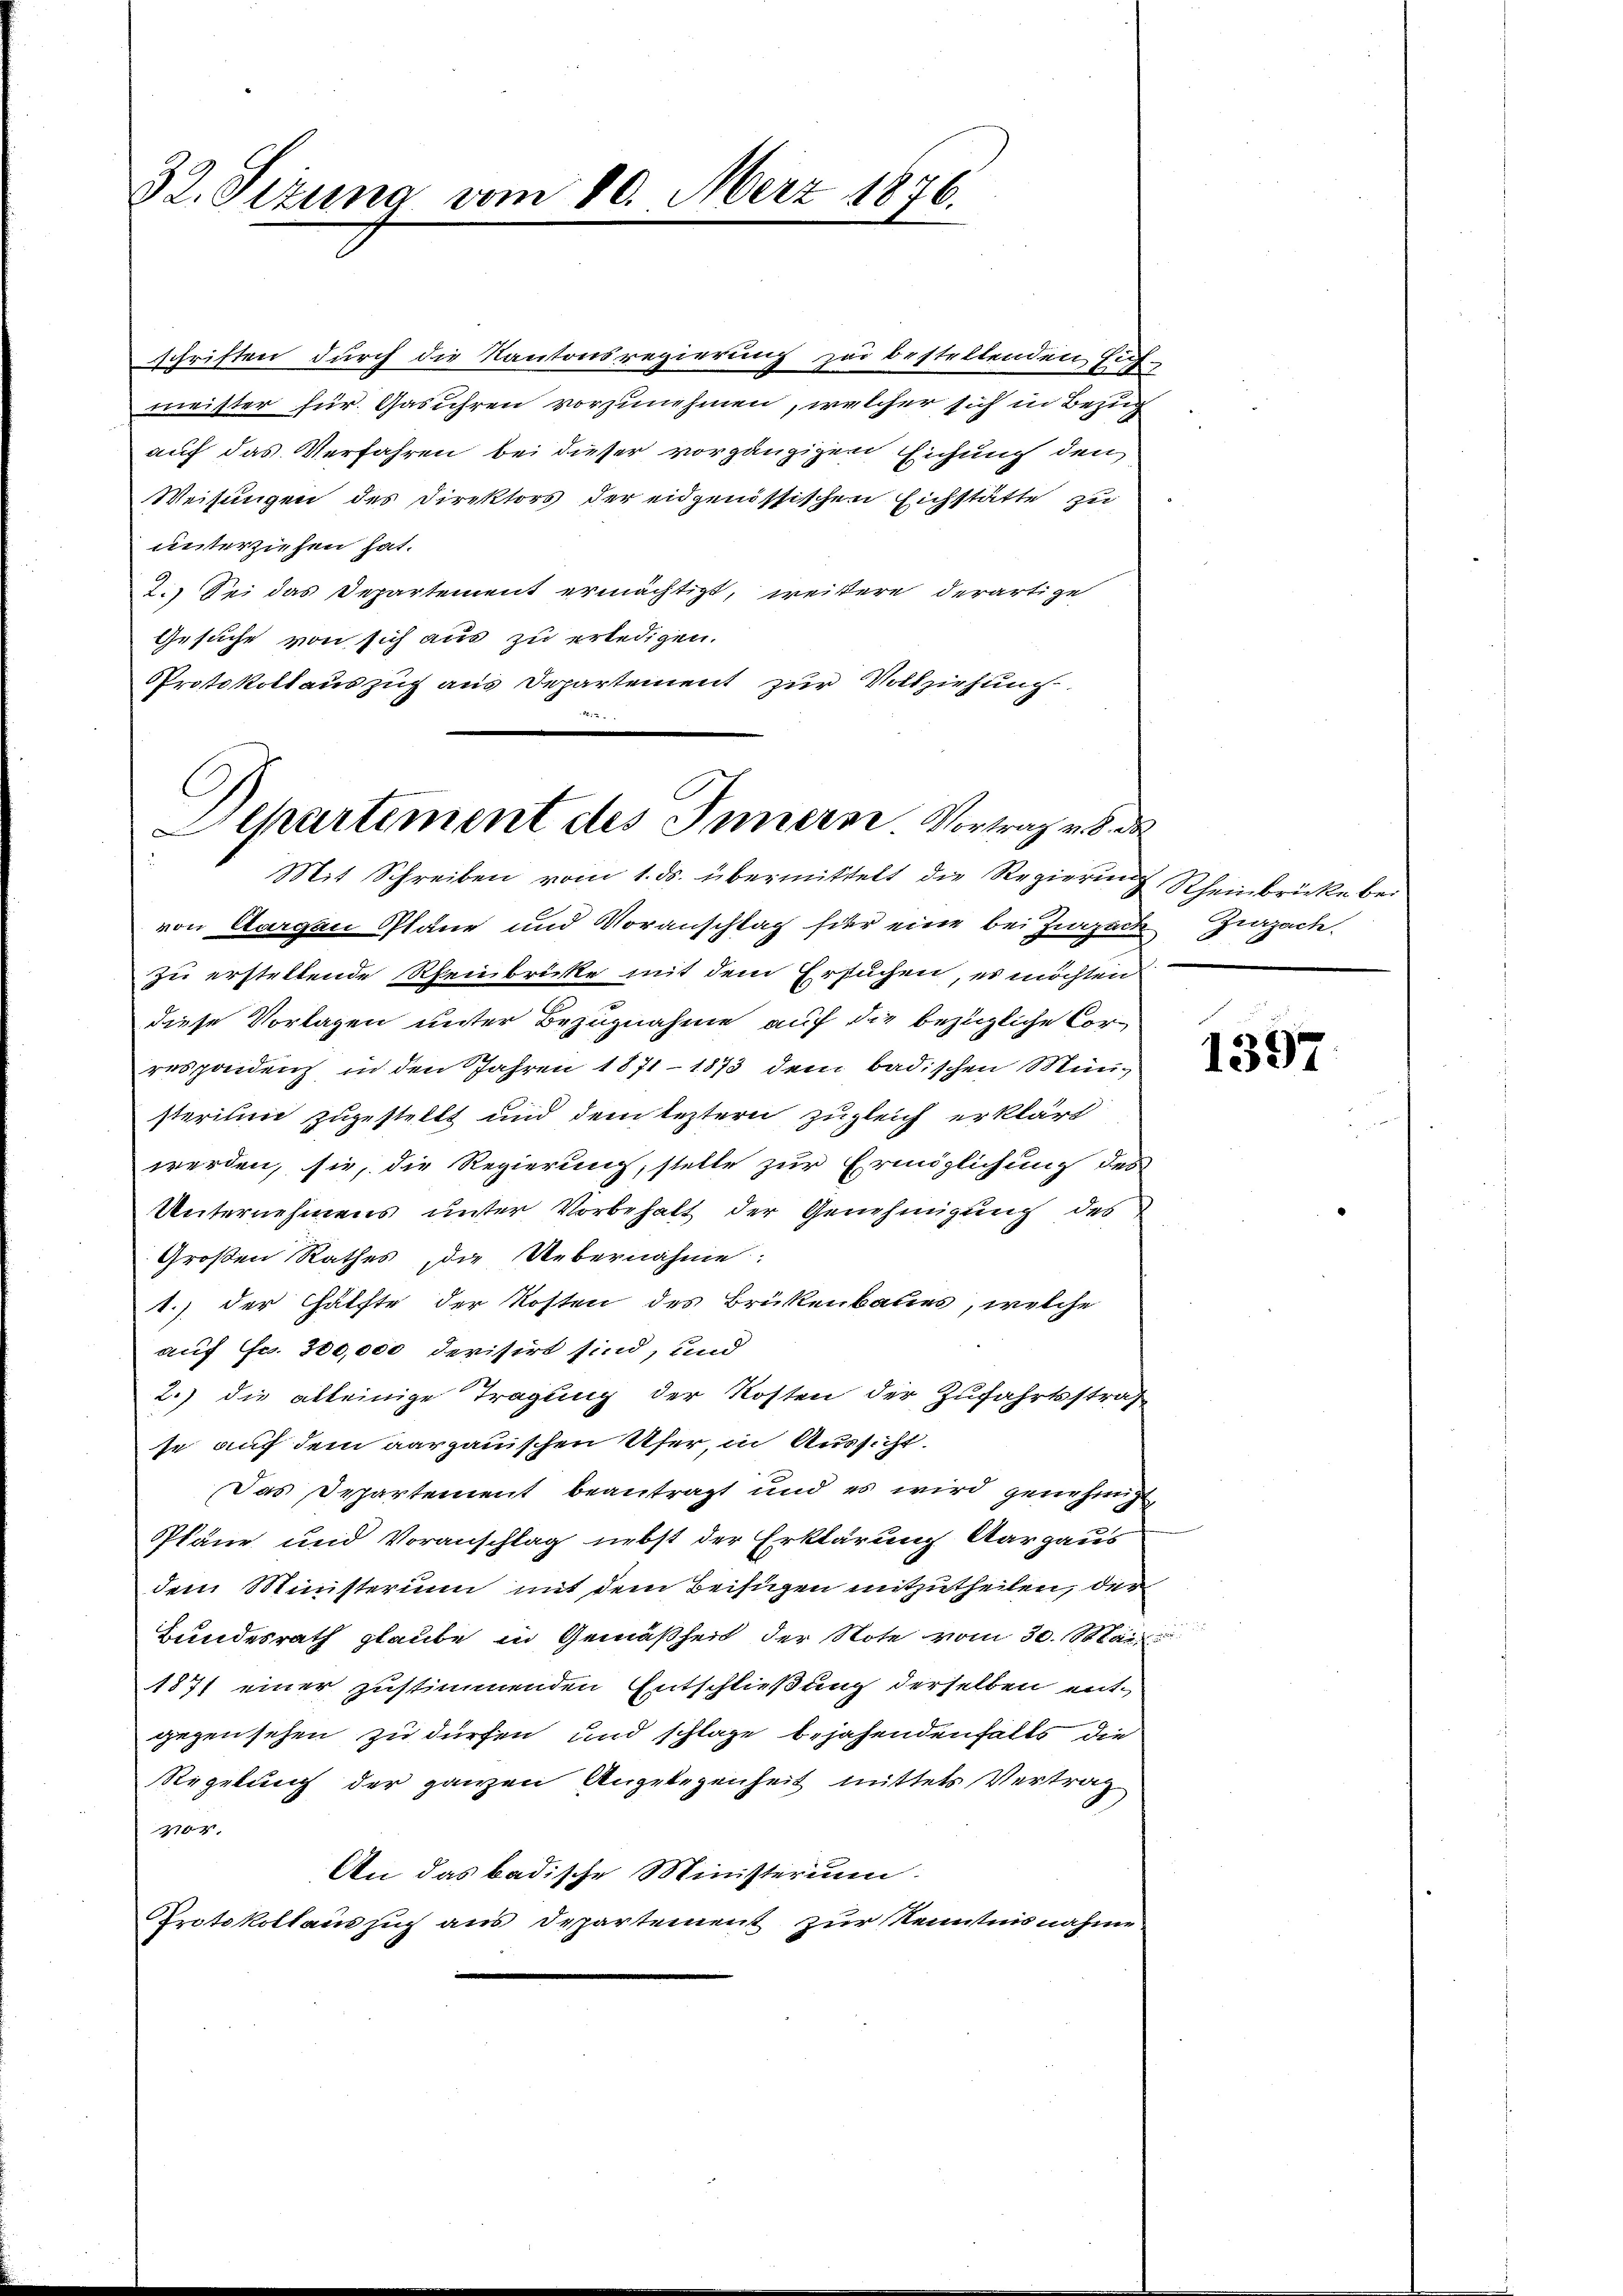
32. Sizung vom 10. März 1876.

sschriften durch die Kantonsregierung zur bestellenden Eichmeister für Gasühren vorzunehmen, welcher sich in Bezug
auf das Verfahren bei dieser vorgänzigen Eichung den
Weisungen des Direktors der eidgenössischen Eichstätte zu
unterziehen hat.
2.) Sei das Departement ermächtigt, weitere derartige
Gesuche von sich aus zu erledigen.
Protokollauszug aus Departement zur Vollziehung

von Aargau Pläne und Voranschlag für eine bei Zurzack Zurzach.
zu erstellende Rheinbrücke mit dem Ersuchen, es möchten
diese Vorlagen unter Bezugnahme auf die bezügliche Correspeidenz, in den Jahren 1871 - 1873 dem badischen Müng
sterium zugestellt und dem leztern zugleich erklärt
werden, sie, die Regierung, stelle zur Ermöglichung des
Unternehmens unter Vorbehalt der Genehmigung des
Großen Rathes, die Uebernahme:
1.) der Hälfte der Kosten des Brükenbaues, welche
auf Fr. 300,000 devisirt sind, und
2.) die alleinige Tragung der Kosten der Zufahrtsstraf
se auf dem aargauischen Ufer, in Aussicht.
Das Departement beantragt und es wird genehmigt,
Pläne und Voranschlag nebst der Erklärung Aargaus
dem Ministerium mit dem Beifügen mitzutheilen, der
Bundesrath glaube in Gemäßheit der Note vom 30. Mär
1871 einer zustimmenden Entschließung derselben entgegensehen zu dürfen und schlage bejahendenfalls die
Regelung der ganzen Angelegenheit mittels Vertrag
204.
An das badische Ministerium.
Protokollaus such aus Departement zur Kenntnisnahme.

Departement des Innern. Vortrag v.
Mit Schreiben vom 1. ds. übermittelt die Regierung Rheinbrücke bei

1397